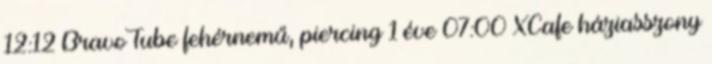
12:12 BravoTube fehérnemű, piercing 1 éve 07:00 XCafe háziasszony